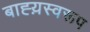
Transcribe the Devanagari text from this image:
बाह्य़स्वरूप